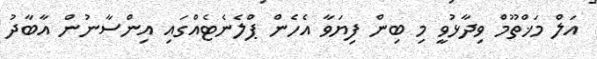
އަލް މަޚްތޫމް ވިދާޅުވީ މި ބިން ފިޔަވާ އެހެން ޕްލެނެޓެއްގައި އިންސާނުން އާބާދު